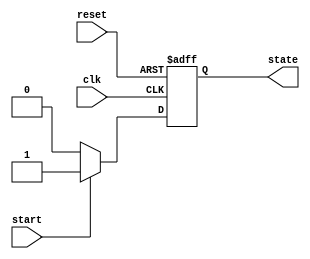
module state_machine (
    input wire clk,          // Clock input
    input wire reset,        // Asynchronous reset
    input wire start,        // Start signal to transition to ACTIVE state
    output reg state         // Current state output (0: IDLE, 1: ACTIVE)
);

    // State encoding
    localparam IDLE = 1'b0;
    localparam ACTIVE = 1'b1;

    // Always block for state transitions
    always @(posedge clk or posedge reset) begin
        if (reset) begin
            // Reset state to IDLE
            state <= IDLE;
        end else begin
            // State transition logic
            case (state)
                IDLE: begin
                    if (start) begin
                        state <= ACTIVE; // Transition to ACTIVE state
                    end
                end
                ACTIVE: begin
                    // Additional logic can be added here for ACTIVE state
                    // For example, transitioning back to IDLE based on some condition
                    if (!start) begin
                        state <= IDLE; // Transition back to IDLE state
                    end
                end
                default: begin
                    state <= IDLE; // Default to IDLE state
                end
            endcase
        end
    end

endmodule